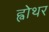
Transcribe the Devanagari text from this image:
ह्वोथर